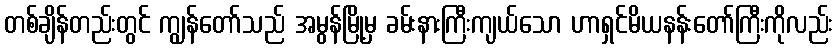
တစ်ချိန်တည်းတွင် ကျွန်တော်သည် အမွန်မြို့မှ ခမ်းနားကြီးကျယ်သော ဟာရှင်မိယနန်းတော်ကြီးကိုလည်း